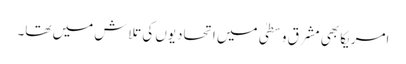
امریکا بھی مشرق وسطیٰ میں اتحادیوں کی تلاش میں تھا۔